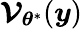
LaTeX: \boldsymbol{\mathcal{V}}_{\boldsymbol{\theta}^{\ast}}(\boldsymbol{y})